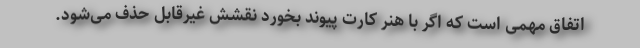
اتفاق مهمی است که اگر با هنر کارت پیوند بخورد نقشش غیرقابل حذف می‌شود.